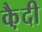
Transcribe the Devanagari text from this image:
कै़दी